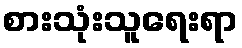
စားသုံးသူရေးရာ